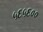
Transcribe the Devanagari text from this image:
५६५६००